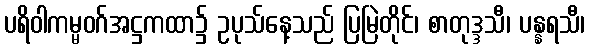
ပရိဝါကမ္မဝဂ်အဋ္ဌကထာ၌ ဥပုသ်နေ့သည် ပြမြဲတိုင်၊ စာတုဒ္ဒသီ၊ ပန္နရသီ၊